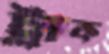
ট্রাক